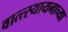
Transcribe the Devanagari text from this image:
वात्त्स्यायनाच्या